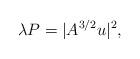
LaTeX: \begin{align*}\lambda P=|A^{3/2}u|^2,\end{align*}